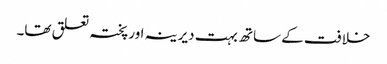
خلافت کے ساتھ بہت دیرینہ اور پختہ تعلق تھا۔